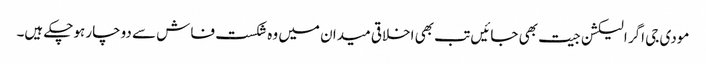
مودی جی اگر الیکشن جیت بھی جائیں تب بھی اخلاقی میدان میں وہ شکست فاش سے دوچار ہوچکے ہیں۔